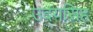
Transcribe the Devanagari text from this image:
उदयसिह